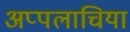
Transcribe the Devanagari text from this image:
अप्पलाचिया